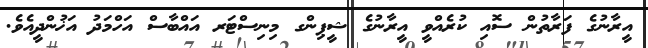
އީރާނުގެ ފަރާތުން ސޮއި ކުރެއްވީ އީރާނުގެ ޝީޕިންގ މިނިސްޓަރ އައްބާސް އަހްމަދު އަޚުންދީއެވެ.